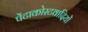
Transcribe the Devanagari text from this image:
पेंटाकोस्टवादियों